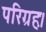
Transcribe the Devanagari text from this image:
परिग्रहः।